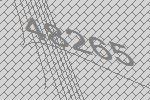
48265